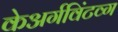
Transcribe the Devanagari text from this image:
केअर्गविंटव्ग